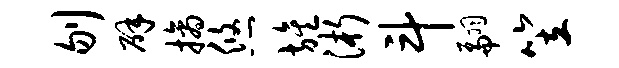
刎辟摘悠旌浙斗翩笠